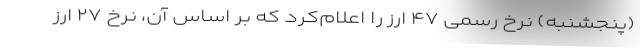
(پنجشنبه) نرخ رسمی ۴۷ ارز را اعلام‌کرد که بر اساس آن، نرخ ۲۷ ارز